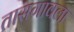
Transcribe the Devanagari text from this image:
तासगावला